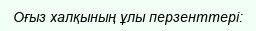
Оғыз халқының ұлы перзенттері: